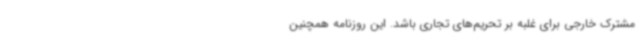
مشترک خارجی برای غلبه بر تحریم‌های تجاری باشد. این روزنامه همچنین